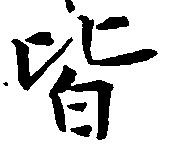
皆